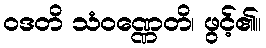
ဝဒတိ သံဝဏ္ဏေတိ၊ ဖွင့်၏။